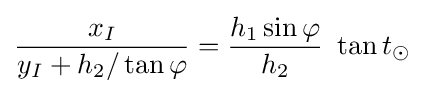
{\frac {x_{I}}{y_{I}+h_{2}/\operatorname {tan} \varphi }}={\frac {h_{1}\sin \varphi }{h_{2}}}\ \operatorname {tan} t_{\odot }